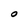
Character: O